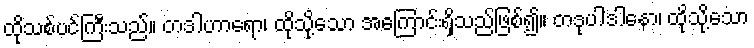
ထိုသစ်ပင်ကြီးသည်။ တဒါဟာရော၊ ထိုသို့သော အကြောင်းရှိသည်ဖြစ်၍။ တဒုပါဒါနော၊ ထိုသို့သော